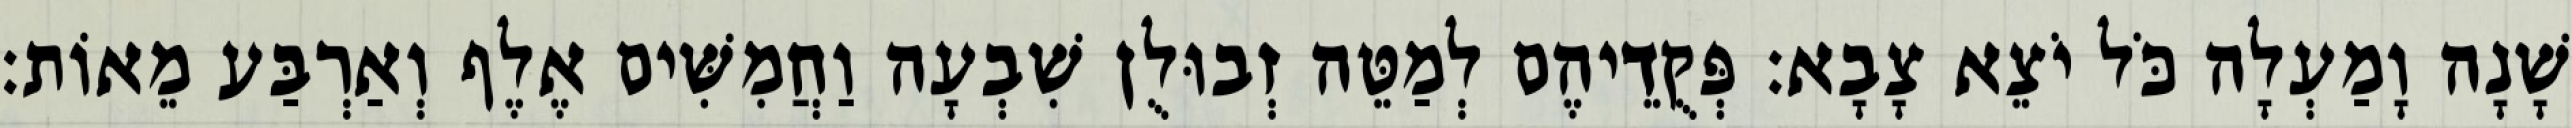
שָׁנָה וָמַעְלָה כֹּל יֹצֵא צָבָא׃ פְּקֻדֵיהֶם לְמַטֵּה זְבוּלֻן שִׁבְעָה וַחֲמִשִּׁים אֶלֶף וְאַרְבַּע מֵאוֹת׃